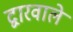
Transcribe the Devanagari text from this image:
द्वारवाले